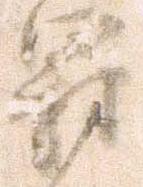
罰